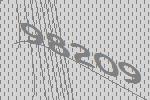
98209